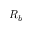
R _ { b }